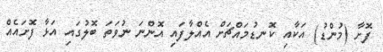
ފޮށާ (މުންޑު) އަކާއި ކޮނޑުމައްޗަށް އެއްލާފައި އޮންނަ ނުވަތަ ބޮލުގައި އަޅާ ފޮށައެއް